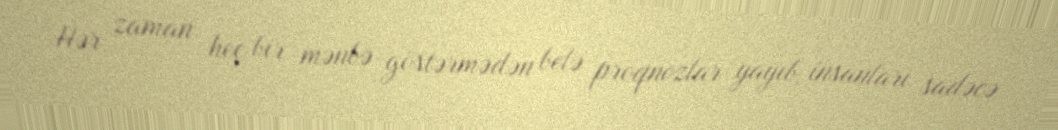
Hər zaman heç bir mənbə göstərmədən belə proqnozlar yayıb, insanları sadəcə